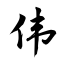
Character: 伟